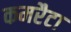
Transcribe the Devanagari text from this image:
कमरैटा